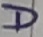
Text: D